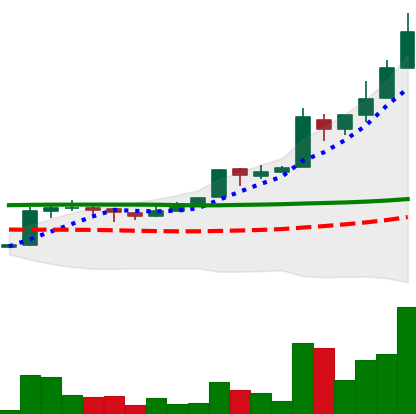
Ticker: EOS-USD
Chart end date: 2018-04-29
Forward return: -20.381%
Label: down_7plus